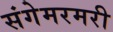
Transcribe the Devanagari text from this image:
संगेमरमरी